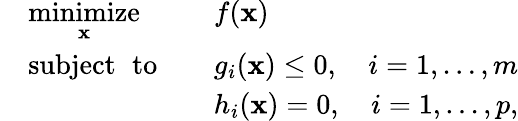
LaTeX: {\begin{array}{rlrl}&{{\underset{\mathbf{x}}{\operatorname{minimize}}}}&&{f(\mathbf{x})}\\ &{\operatorname{subject\ to}}&&{g_{i}(\mathbf{x})\leq 0,\quad i=1,\dots,m}\\ &{}&&{h_{i}(\mathbf{x})=0,\quad i=1,\dots,p,}\end{array}}